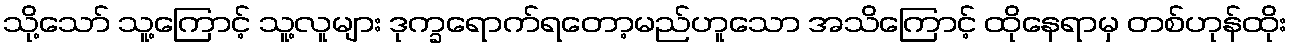
သို့သော် သူ့ကြောင့် သူ့လူများ ဒုက္ခရောက်ရတော့မည်ဟူသော အသိကြောင့် ထိုနေရာမှ တစ်ဟုန်ထိုး